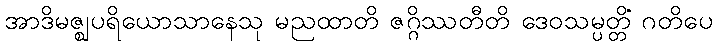
အာဒိမဇ္ဈပရိယောသာနေသု မညထာတိ ဇဂ္ဂိဿတီတိ ဒေဝသမ္ပတ္တိံ ဂတိပေ